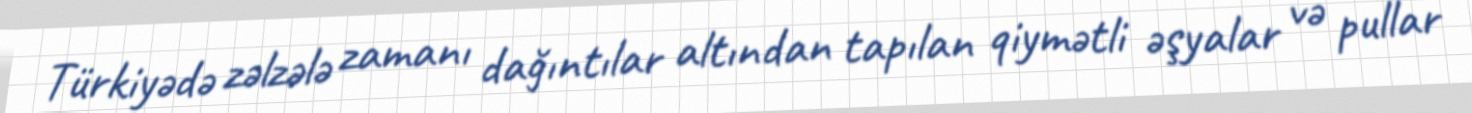
Türkiyədə zəlzələ zamanı dağıntılar altından tapılan qiymətli əşyalar və pullar